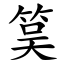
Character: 筽